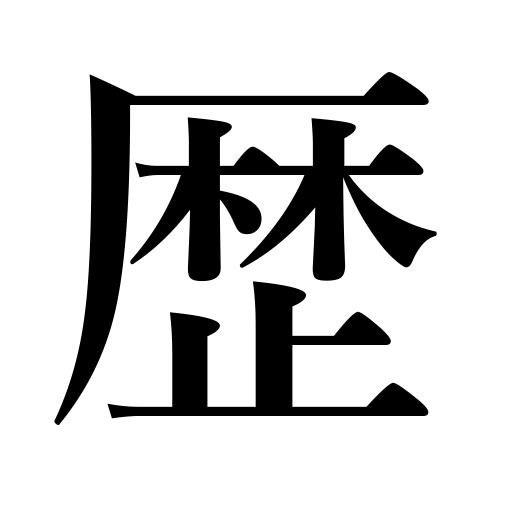
Meanings: passing of time,continuation,history